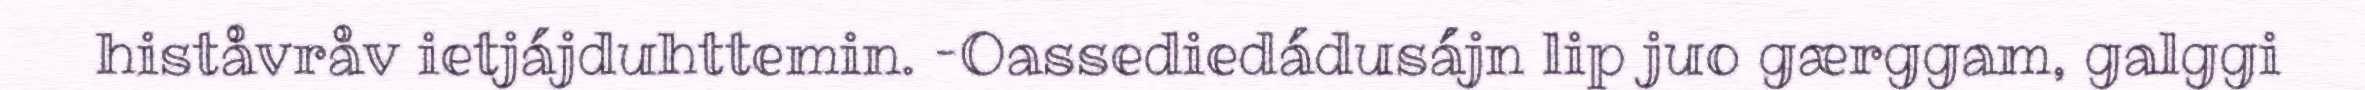
histåvråv ietjájduhttemin. –Oassediedádusájn lip juo gærggam, galggi